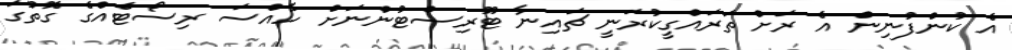
އެ ކުންފުނިން އެ ރަށް ތަރައްގީކުރަނީ ޗައިނާ ޓޫރިސްޓުންނަަށް ހާއްސަ ރިސޯޓެއްގެ ގޮތުގަ